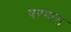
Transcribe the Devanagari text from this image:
षण्मास